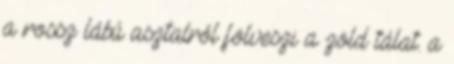
a rossz lábú asztalról fölveszi a zöld tálat. a